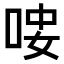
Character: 𠳴